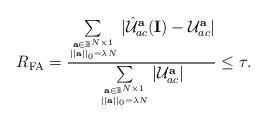
LaTeX: \begin{align*}R_{\rm FA}= \frac{ \sum\limits_{ \mathbf{a} \in \mathbb{B}^{N\times 1}\atop ||\mathbf{a}||_{0}=\lambda N } \vert \hat{ \mathcal{U} }_{ac}^{\mathbf{a} }( {\mathbf{ I }} ) - \mathcal{U}_{ac}^{\mathbf{a}} \vert}{ \sum\limits_{\mathbf{a} \in \mathbb{B}^{N\times 1}\atop||\mathbf{a}||_{0}=\lambda N } |\mathcal{U}^{ \mathbf{a} }_{{ac}}|} \leq {\tau.}\end{align*}